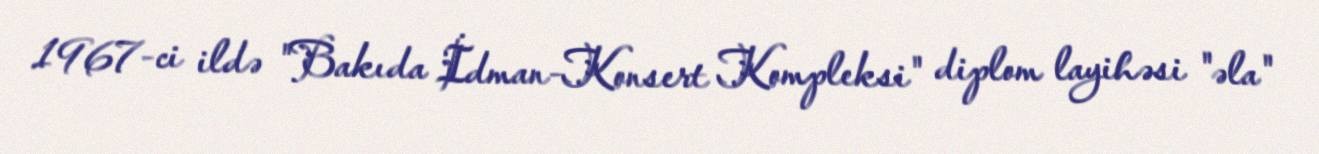
1967-ci ildə "Bakıda İdman-Konsert Kompleksi" diplom layihəsi "əla"